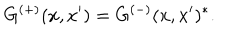
G ^ { ( + ) } ( x , x ^ { \prime } ) = G ^ { ( - ) } ( x , x ^ { \prime } ) ^ { * } .